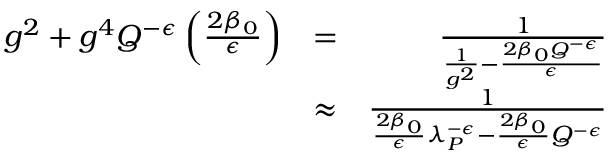
\begin{array} { r l r } { g ^ { 2 } + g ^ { 4 } Q ^ { - \epsilon } \left( \frac { 2 \beta _ { 0 } } { \epsilon } \right) } & { = } & { { \frac { 1 } { { \frac { 1 } { g ^ { 2 } } } - { \frac { 2 \beta _ { 0 } Q ^ { - \epsilon } } { \epsilon } } } } } \\ & { \approx } & { { \frac { 1 } { { \frac { 2 \beta _ { 0 } } { \epsilon } } \lambda _ { P } ^ { - \epsilon } - { \frac { 2 \beta _ { 0 } } { \epsilon } } Q ^ { - \epsilon } } } } \end{array}